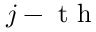
j - \mathrm { ~ t ~ h ~ }